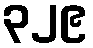
၃၂၉